Civil Veterinary Department Bihar & Orissa reports 1911-21 - 1911-1921
Year: 1911
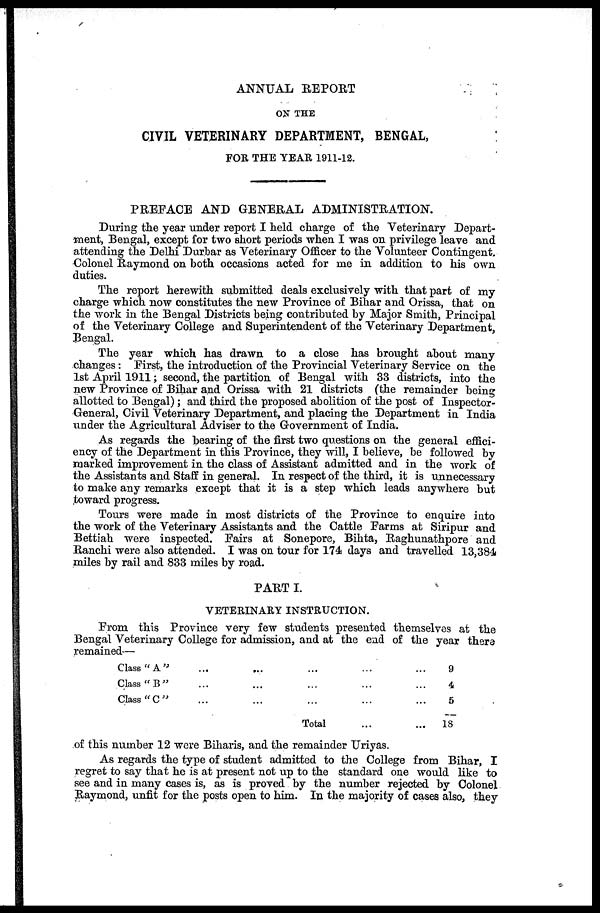
ANNUAL REPORT
ON THE
CIVIL VETERINARY DEPARTMENT, BENGAL,
FOR THE YEAR 1911-12.
PREFACE AND GENERAL ADMINISTRATION.
During the year under report I held charge of the Veterinary Depart-
ment, Bengal, except for two short periods when I was on privilege leave and
attending the Delhi Durbar as Veterinary Officer to the Volunteer Contingent.
Colonel Raymond on both occasions acted for me in addition to his own
duties.
The report herewith submitted deals exclusively with that part of my
charge which now constitutes the new Province of Bihar and Orissa, that on
the work in the Bengal Districts being contributed by Major Smith, Principal
of the Veterinary College and Superintendent of the Veterinary Department,
Bengal.
The year which has drawn to a close has brought about many
changes : First, the introduction of the Provincial Veterinary Service on the
1st April 1911; second, the partition of Bengal with 33 districts, into the
new Province of Bihar and Orissa with 21 districts (the remainder being
allotted to Bengal); and third the proposed abolition of the post of Inspector-
General, Civil Veterinary Department, and placing the Department in India
under the Agricultural Adviser to the Government of India.
As regards the hearing of the first two questions on the general effici-
ency of the Department in this Province, they will, I believe, be followed by
marked improvement in the class of Assistant admitted and in the work of
the Assistants and Staff in general. In respect of the third, it is unnecessary
to make any remarks except that it is a step which leads anywhere but
toward progress.
Tours were made in most districts of the Province to enquire into
the work of the Veterinary Assistants and the Cattle Farms at Siripur and
Bettiah were inspected. Fairs at Sonepore, Bihta, Raghunathpore and
Ranchi were also attended. I was on tour for 174 days and travelled 13,384
miles by rail and 833 miles by road.
PART I.
VETERINARY INSTRUCTION.
From this Province very few students presented themselves at the
Bengal Veterinary College for admission, and at the end of the year there
remained—
Class " A" ... ... ... ... ...
Class "B" ... ... ... ... ...
Class "C" ... ... ... ... ...
Total
9
4
5
18
of this number 12 were Biharis, and the remainder Uriyas.
As regards the type of student admitted to the College from Bihar, I
regret to say that he is at present not up to the standard one would like to
see and in many cases is, as is proved by the number rejected by Colonel
Raymond, unfit for the posts open to him. In the majority of cases also, they